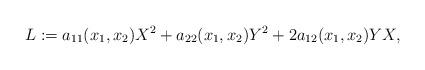
LaTeX: \begin{align*}L:=a_{11}(x_1,x_2)X^2+a_{22}(x_1,x_2)Y^2+2a_{12}(x_1,x_2)YX,\end{align*}